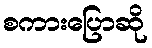
စကားပြောဆို